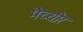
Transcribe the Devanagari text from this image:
मैच्योर